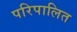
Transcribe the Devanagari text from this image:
परिपालित